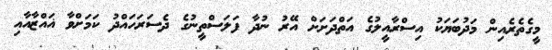
މީގެތެރެއިން މަދުބަޔަކު އިސްރާއީލުގެ އަތްދަށަށް އޭރު ނުދާ ފަލަސްތީނުގެ ދެސަރަހައްދު ކަމަށްވާ ޣައްޒާއާއި